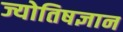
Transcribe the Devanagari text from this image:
ज्योतिषज्ञान